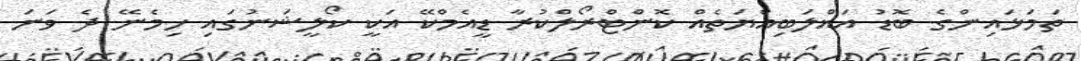
ތަމަޅައިންގެ ބޮޑު އަޣްލަބިއްޔަތެއް ކޮންޓްރޯލްކުރާ ޑީއެމްކޭ އަކީ ކޯލީޝަނުގައި ހިމެނޭ ދެ ވަނަ